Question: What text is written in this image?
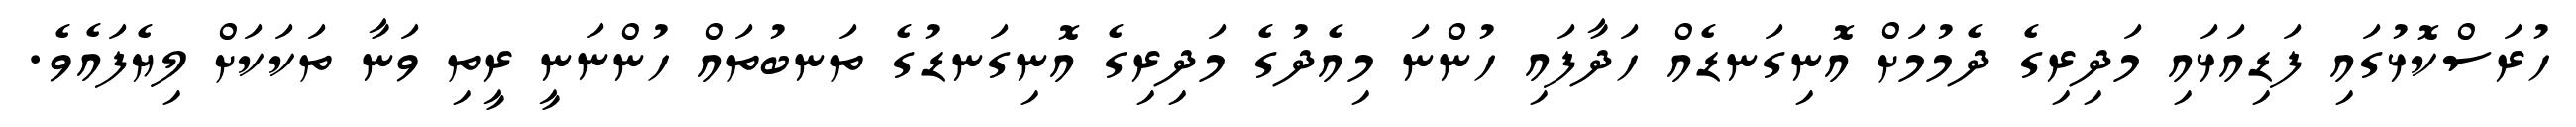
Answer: ހުރަސްކޮޅުގައި ފަޑިއަޅައި މަދިރިގެ ދެމުމަށް އޮނިގަނޑެއް ހަދާފައި ހުންނަ މިއެދުގެ މަދިރިގެ އޮނިގަނޑުގެ ތަނބުތައް ހުންނަނީ ރީތި ވަނާ ތަކަކަށް ލިޔެފައެވެ.